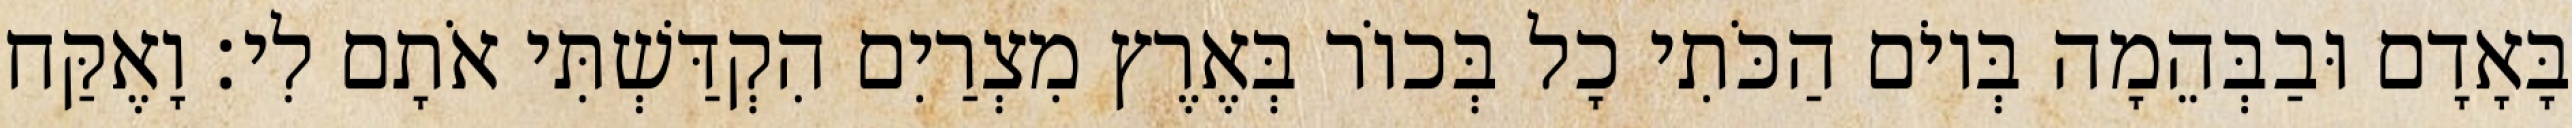
בָּאָדָם וּבַבְּהֵמָה בְּיוֹם הַכֹּתִי כָל בְּכוֹר בְּאֶרֶץ מִצְרַיִם הִקְדַּשְׁתִּי אֹתָם לִי׃ וָאֶקַּח